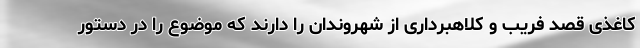
کاغذی قصد فریب و کلاهبرداری از شهروندان را دارند که موضوع را در دستور